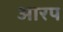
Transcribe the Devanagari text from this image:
आरप